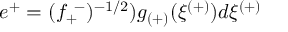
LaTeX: e ^ { + } = ( f _ { + } ^ { ~ - } ) ^ { - 1 / 2 } ) g _ { ( + ) } ( \xi ^ { ( + ) } ) d \xi ^ { ( + ) }